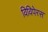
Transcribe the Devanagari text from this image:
विविपेरस